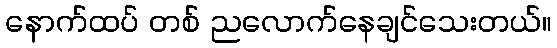
နောက်ထပ် တစ် ညလောက်နေချင်သေးတယ်။